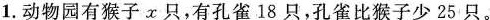
1.动物园有猴子x只，有孔雀18只，孔雀比猴子少25只。